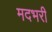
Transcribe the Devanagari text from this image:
मदभरी